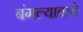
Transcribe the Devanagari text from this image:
बंगल्याकडे